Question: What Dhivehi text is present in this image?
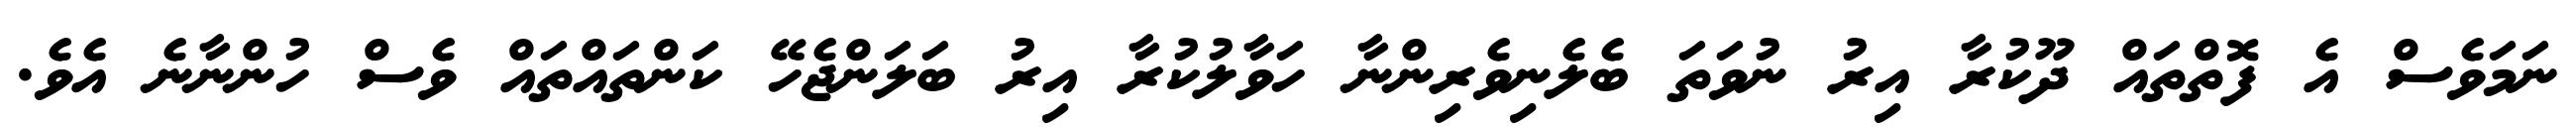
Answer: ނަމަވެސް އެ ފޮތްތައް ދޫކުރާ އިރު ނުވަތަ ބެލެނިވެރިންނާ ހަވާލުކުރާ އިރު ބަލަންޖެހޭ ކަންތައްތައް ވެސް ހުންނާނެ އެވެ.